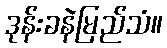
ဒုန်းခနဲမြည်သံ။